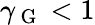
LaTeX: \gamma_{\mathrm{~G~}}<1